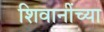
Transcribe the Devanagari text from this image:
शिवानींच्या